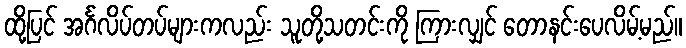
ထို့ပြင် အင်္ဂလိပ်တပ်များကလည်း သူတို့သတင်းကို ကြားလျှင် တောနင်းပေလိမ့်မည်။